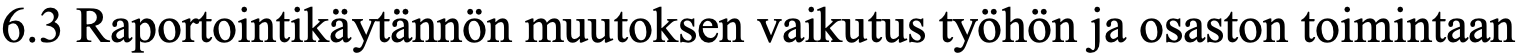
6.3 Raportointikäytännön muutoksen vaikutus työhön ja osaston toimintaan